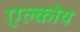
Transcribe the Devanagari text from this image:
एल्कोय